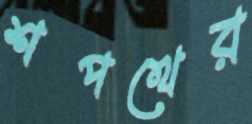
শপথের